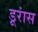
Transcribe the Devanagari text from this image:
डूरांस